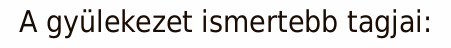
A gyülekezet ismertebb tagjai: